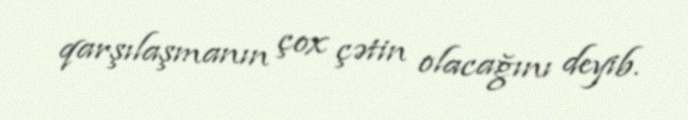
qarşılaşmanın çox çətin olacağını deyib.